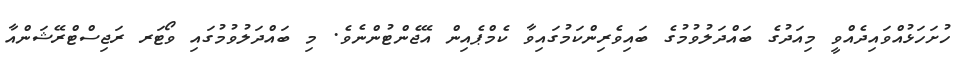
ހުށަހަޅުއްވައިދެއްވީ މިއަދުގެ ބައްދަލުވުމުގެ ބައިވެރިންކަމުގައިވާ ކެމްޕެއިން އޭޖެންޓުންނެވެ. މި ބައްދަލުވުމުގައި ވޯޓަރ ރަޖިސްޓްރޭޝަންއާ